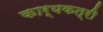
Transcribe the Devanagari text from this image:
कार्यकत्री